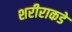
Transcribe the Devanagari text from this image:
शरीराकडे